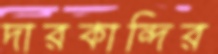
দারকান্দির